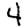
Digit: 4